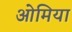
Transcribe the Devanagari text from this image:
ओमिया